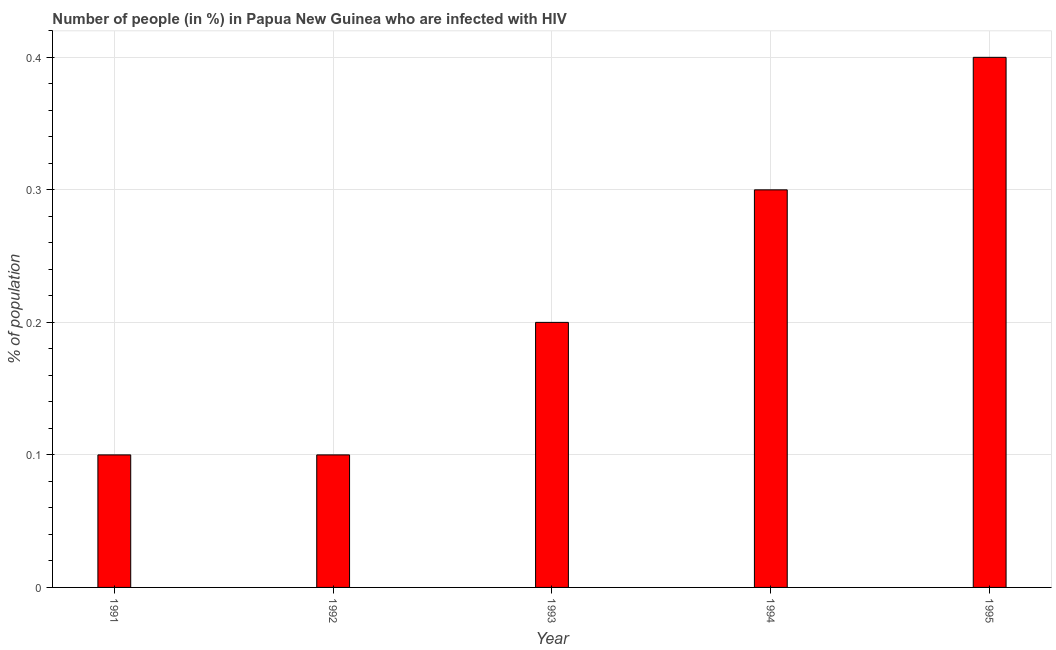
| Year | Infected with HIV |
 | --- | --- |
 | 1991 | 0.1 |
 | 1992 | 0.1 |
 | 1993 | 0.2 |
 | 1994 | 0.3 |
 | 1995 | 0.4 |